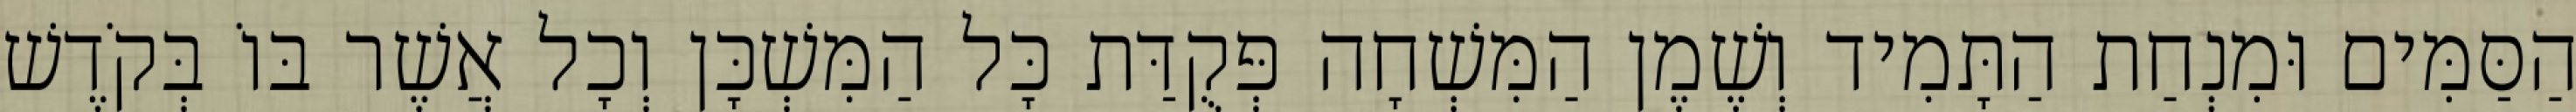
הַסַּמִּים וּמִנְחַת הַתָּמִיד וְשֶׁמֶן הַמִּשְׁחָה פְּקֻדַּת כָּל הַמִּשְׁכָּן וְכָל אֲשֶׁר בּוֹ בְּקֹדֶשׁ